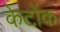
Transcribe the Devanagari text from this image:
केटोंक